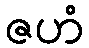
ဇဟံ